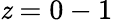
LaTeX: \mathit{z}=0-1